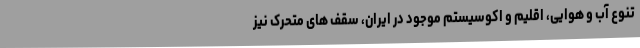
تنوع آب و هوایی، اقلیم و اکوسیستم موجود در ایران، سقف های متحرک نیز